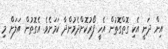
އިން ދަނީ އެކި ގޮތްގޮތުން އެހީ ފޯރުކޮށްދެމުންދާ ކަމަށެވެ. އެގޮތުން އަލަށް މި